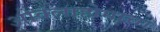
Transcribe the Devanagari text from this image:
ओक्लाहोमाचा